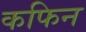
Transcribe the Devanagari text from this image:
कफिन